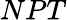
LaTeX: NPT